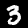
Label: 3